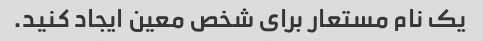
یک نام مستعار برای شخص معین ایجاد کنید.